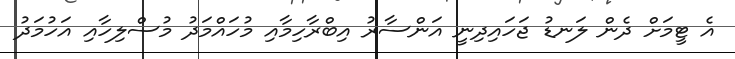
އެ ޓީމަށް ދެން ލަނޑު ޖަހައިދިނީ އަންސާރު އިބްރާހިމާއި މުހައްމަދު މުސްލިހާއި އަހުމަދު